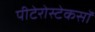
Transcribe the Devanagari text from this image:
पीटेरोस्टेकसॉ